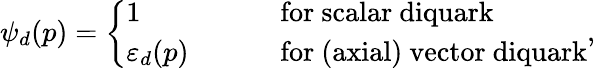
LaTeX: \psi_{d}(p)=\left\{ \begin{array}{ll}{{1}}&{{\qquad\mathrm{~for~scalar~diquark}}}\\ {{\varepsilon_{d}(p)}}&{{\qquad\mathrm{~for~(axial)~vector~diquark}}}\end{array}\right.,